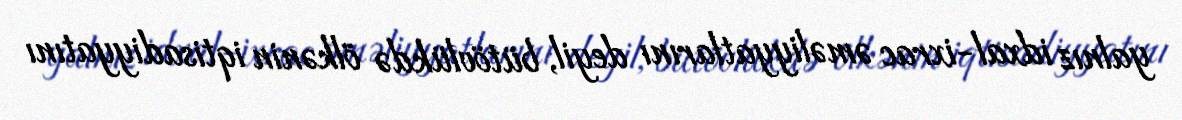
yalnız idxal-ixrac əməliyyatlarını deyil, bütövlükdə ölkənin iqtisadiyyatını